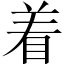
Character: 着